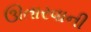
ઊતારવાની